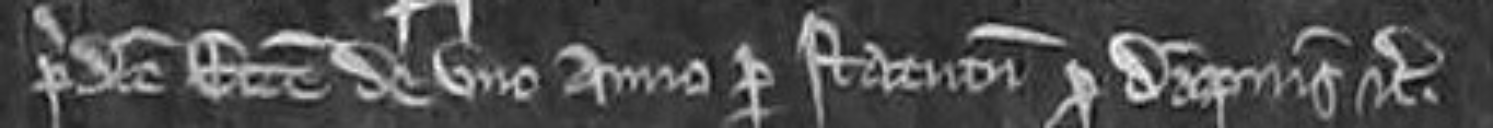
predicte ecclesie de uno anno per statutum pro dampnis etc.